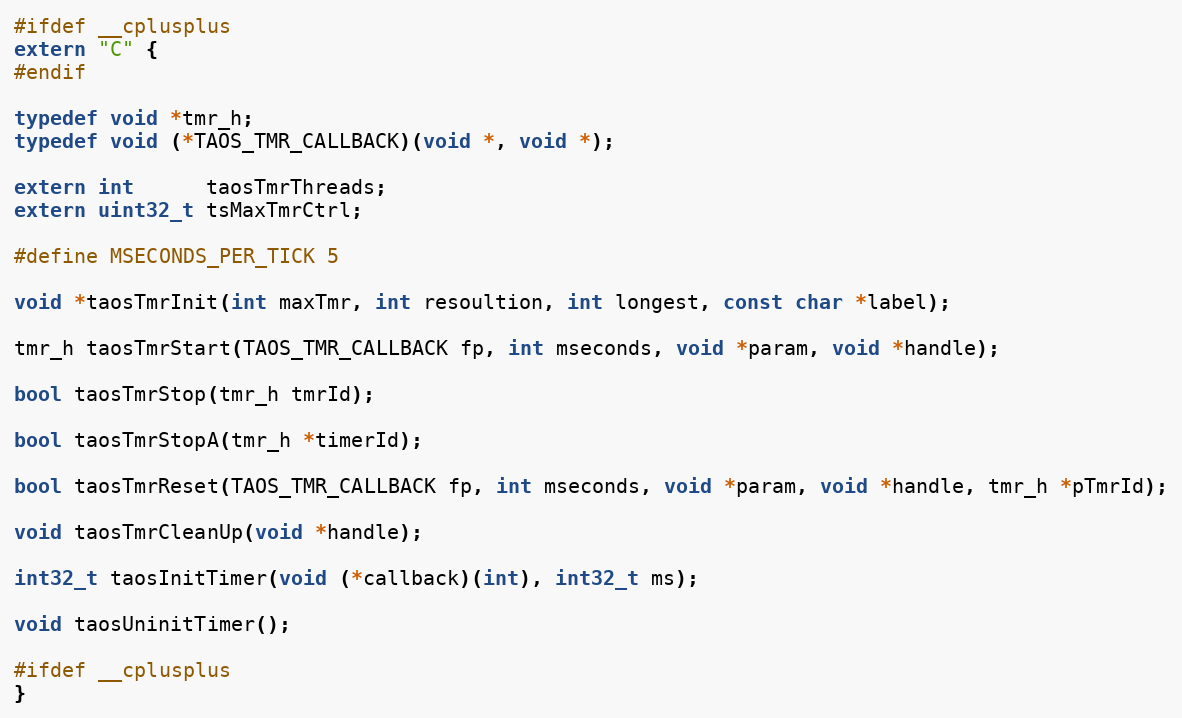
Language: C
#ifdef __cplusplus
extern "C" {
#endif

typedef void *tmr_h;
typedef void (*TAOS_TMR_CALLBACK)(void *, void *);

extern int      taosTmrThreads;
extern uint32_t tsMaxTmrCtrl;

#define MSECONDS_PER_TICK 5

void *taosTmrInit(int maxTmr, int resoultion, int longest, const char *label);

tmr_h taosTmrStart(TAOS_TMR_CALLBACK fp, int mseconds, void *param, void *handle);

bool taosTmrStop(tmr_h tmrId);

bool taosTmrStopA(tmr_h *timerId);

bool taosTmrReset(TAOS_TMR_CALLBACK fp, int mseconds, void *param, void *handle, tmr_h *pTmrId);

void taosTmrCleanUp(void *handle);

int32_t taosInitTimer(void (*callback)(int), int32_t ms);

void taosUninitTimer();

#ifdef __cplusplus
}